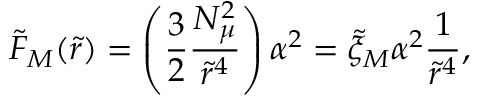
\tilde { F } _ { M } ( \tilde { r } ) = \left( \frac { 3 } { 2 } \frac { N _ { \mu } ^ { 2 } } { \tilde { r } ^ { 4 } } \right) \alpha ^ { 2 } = \tilde { \xi } _ { M } \alpha ^ { 2 } \frac { 1 } { \tilde { r } ^ { 4 } } ,